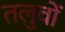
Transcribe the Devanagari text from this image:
तलुवों